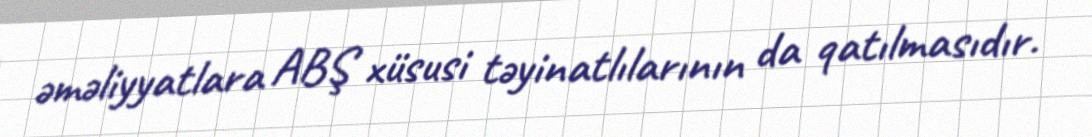
əməliyyatlara ABŞ xüsusi təyinatlılarının da qatılmasıdır.